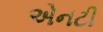
એનટી